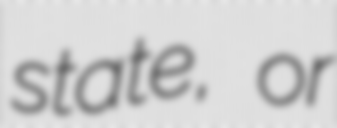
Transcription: state, or